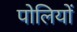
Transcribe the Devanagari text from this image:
पोलियों